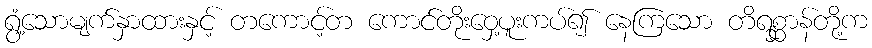
ရွံ့သောမျက်နှာထားနှင့် တကောင့်တ ကောင်တိုးဝှေ့ပူးကပ်၍ နေကြသော တိရစ္ဆာန်တို့က